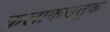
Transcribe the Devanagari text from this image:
कलाकउतुक